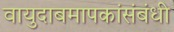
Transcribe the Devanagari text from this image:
वायुदाबमापकांसंबंधी